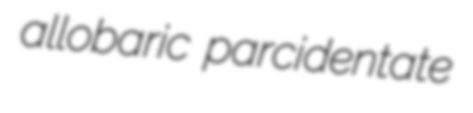
allobaric parcidentate